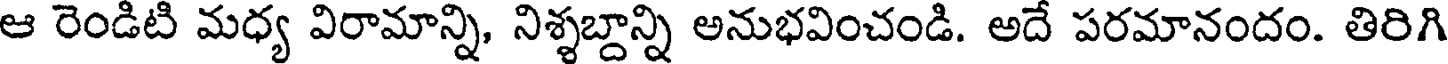
ఆ రెండిటి మధ్య విరామాన్ని, నిశ్శబ్దాన్ని అనుభవించండి. అదే పరమానందం. తిరిగి